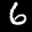
Label: 6